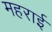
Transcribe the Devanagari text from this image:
महराई